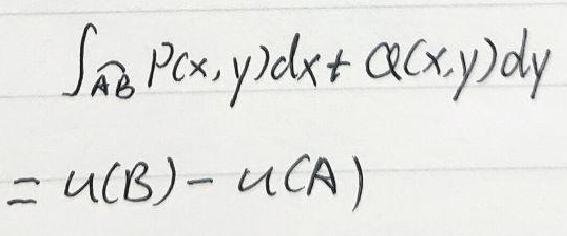
\[\int_{\overset{\frown}{AB}}P(x,y)dx + Q(x,y)dy=u(B)-u(A)\]